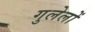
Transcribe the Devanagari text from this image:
गुलेलों